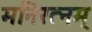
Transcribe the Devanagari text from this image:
मनिरत्नम्‌